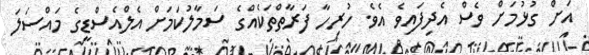
އަށް ގުޅުމަށް ވެސް އެދިފައިވެ އެވެ. ހުރިހާ ފަރާތްތަކެއްގެ ސަމާލުކަމަށް އެލްއެސްޑީގެ މައްސަލަ